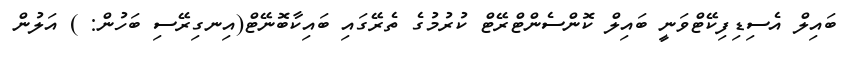
ބައިލް އެސިޑިފިކޭޓްވަނީ ބައިލް ކޮންސެންޓްރޭޓް ކުރުމުގެ ތެރޭގައި ބައިކާބޮނޭޓް(އިނގިރޭސި ބަހުން: ) އަލުން